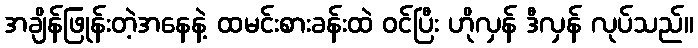
အချိန်ဖြုန်းတဲ့အနေနဲ့ ထမင်းစားခန်းထဲ ဝင်ပြီး ဟိုလှန် ဒီလှန် လုပ်သည်။